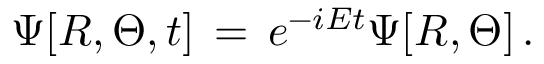
\Psi [ R , \Theta , t ] \, = \, e ^ { - i E t } \Psi [ R , \Theta ] \, .